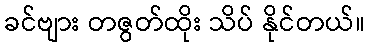
ခင်ဗျား တဇွတ်ထိုး သိပ် နိုင်တယ်။